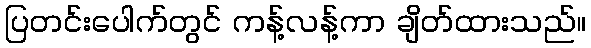
ပြတင်းပေါက်တွင် ကန့်လန့်ကာ ချိတ်ထားသည်။